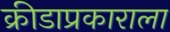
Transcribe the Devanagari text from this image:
क्रीडाप्रकाराला